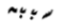
سببه